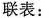
联表：